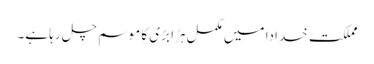
مملکت خدادا میں مکمل ہڑا بڑی کا موسم چل رہا ہے۔